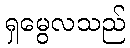
ရှမွေလသည်